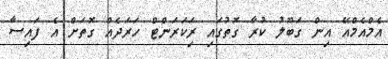
އެމްއެމްއޭ އިން ގަބޫލު ކުރާ ގޮތުގައި ރިަކަރަންޓް ހަރަދެއް ގޮތަށް އެ ފައިސާ